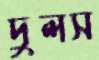
দুলস